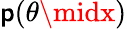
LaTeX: \mathsf{p}(\theta\midx)